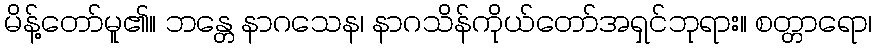
မိန့်တော်မူ၏။ ဘန္တေ နာဂသေန၊ နာဂသိန်ကိုယ်တော်အရှင်ဘုရား။ စတ္တာရော၊